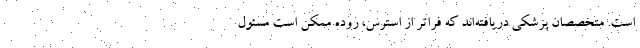
است. متخصصان پزشکی دریافته‌اند که فراتر از استرس، روده ممکن است مسئول